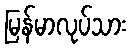
မြန်မာလုပ်သား